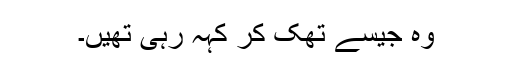
وہ جیسے تھک کر کہہ رہی تھیں۔